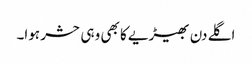
اگلے دن بھیڑیے کا بھی وہی حشر ہوا۔